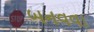
બનવવા